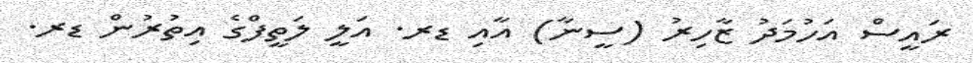
ރައީސް އަހުމަދު ޒާހިރު (ސީނާ) އާއި ޑރ. އަލީ ލަތީފްގެ އިތުރުން ޑރ.